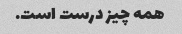
همه چیز درست است.